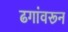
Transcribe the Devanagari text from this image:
ढगांवरून